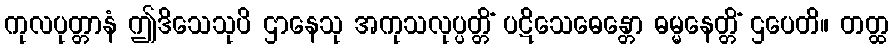
ကုလပုတ္တာနံ ဤဒိသေသုပိ ဌာနေသု အကုသလုပ္ပတ္တိံ ပဋိသေဓေန္တော ဓမ္မနေတ္တိံ ဌပေတိ။ တတ္ထ